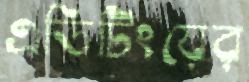
এডিটিংয়ের